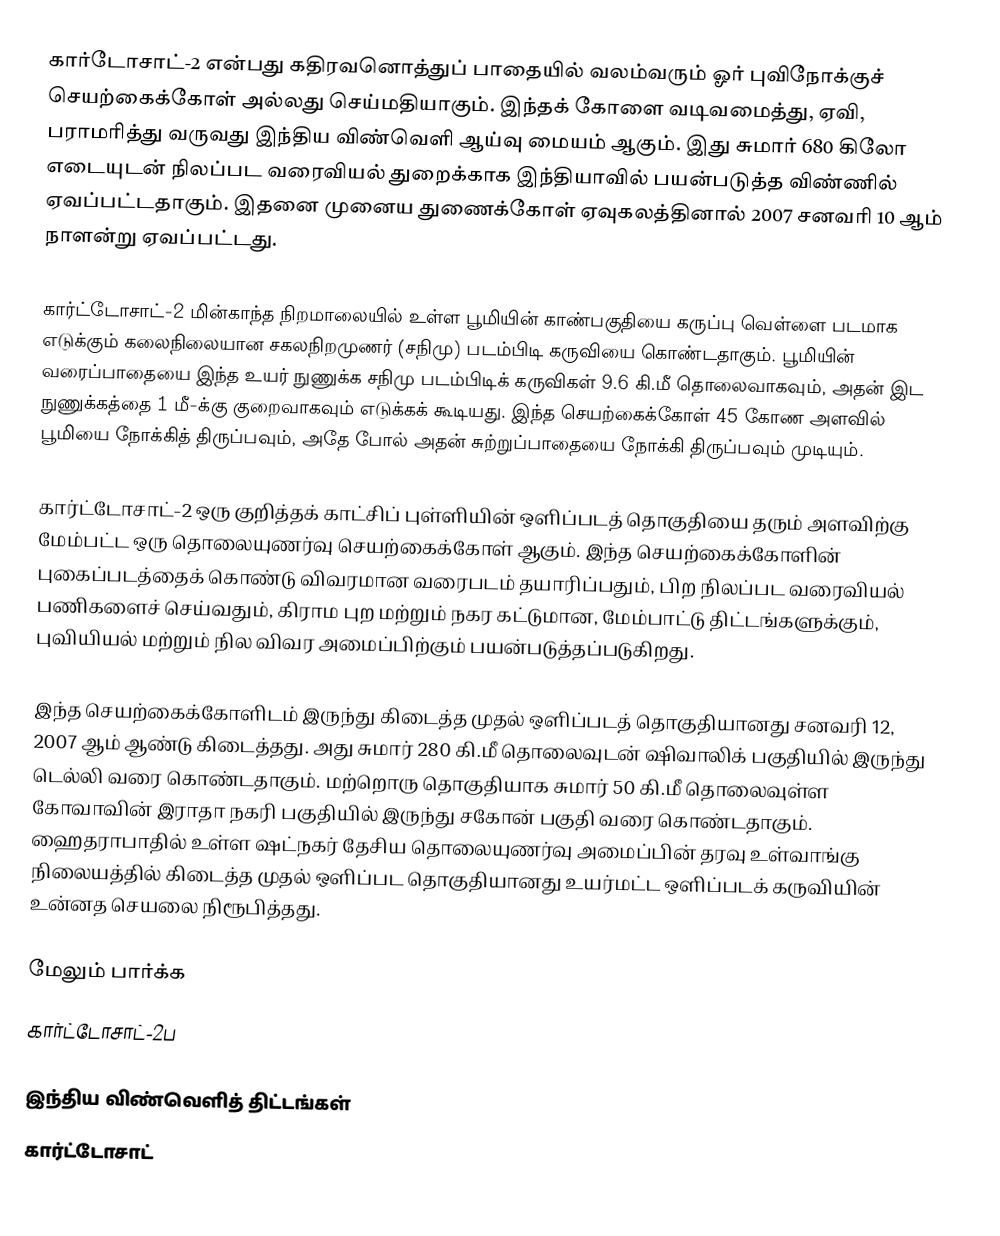
கார்டோசாட்-2 என்பது கதிரவனொத்துப் பாதையில் வலம்வரும் ஓர் புவிநோக்குச் செயற்கைக்கோள் அல்லது செய்மதியாகும். இந்தக் கோளை வடிவமைத்து, ஏவி, பராமரித்து வருவது இந்திய விண்வெளி ஆய்வு மையம் ஆகும். இது சுமார் 680 கிலோ எடையுடன் நிலப்பட வரைவியல் துறைக்காக இந்தியாவில் பயன்படுத்த விண்ணில் ஏவப்பட்டதாகும். இதனை முனைய துணைக்கோள் ஏவுகலத்தினால் 2007 சனவரி 10 ஆம் நாளன்று ஏவப்பட்டது.

கார்ட்டோசாட்-2 மின்காந்த நிறமாலையில் உள்ள பூமியின் காண்பகுதியை கருப்பு வெள்ளை படமாக எடுக்கும் கலைநிலையான சகலநிறமுணர் (சநிமு) படம்பிடி கருவியை கொண்டதாகும். பூமியின் வரைப்பாதையை இந்த உயர் நுணுக்க சநிமு படம்பிடிக் கருவிகள் 9.6 கி.மீ தொலைவாகவும், அதன் இட நுணுக்கத்தை 1 மீ-க்கு குறைவாகவும் எடுக்கக் கூடியது. இந்த செயற்கைக்கோள் 45 கோண அளவில் பூமியை நோக்கித் திருப்பவும், அதே போல் அதன் சுற்றுப்பாதையை நோக்கி திருப்பவும் முடியும்.

கார்ட்டோசாட்-2 ஒரு குறித்தக் காட்சிப் புள்ளியின் ஒளிப்படத் தொகுதியை தரும் அளவிற்கு மேம்பட்ட ஒரு தொலையுணர்வு செயற்கைக்கோள் ஆகும். இந்த செயற்கைக்கோளின் புகைப்படத்தைக் கொண்டு விவரமான வரைபடம் தயாரிப்பதும், பிற நிலப்பட வரைவியல் பணிகளைச் செய்வதும், கிராம புற மற்றும் நகர கட்டுமான, மேம்பாட்டு திட்டங்களுக்கும், புவியியல் மற்றும் நில விவர அமைப்பிற்கும் பயன்படுத்தப்படுகிறது.

இந்த செயற்கைக்கோளிடம் இருந்து கிடைத்த முதல் ஒளிப்படத் தொகுதியானது சனவரி 12, 2007 ஆம் ஆண்டு கிடைத்தது. அது சுமார் 280 கி.மீ தொலைவுடன் ஷிவாலிக் பகுதியில் இருந்து டெல்லி வரை கொண்டதாகும். மற்றொரு தொகுதியாக சுமார் 50 கி.மீ தொலைவுள்ள கோவாவின் இராதா நகரி பகுதியில் இருந்து சகோன் பகுதி வரை கொண்டதாகும். ஹைதராபாதில் உள்ள ஷட்நகர் தேசிய தொலையுணர்வு அமைப்பின் தரவு உள்வாங்கு நிலையத்தில் கிடைத்த முதல் ஒளிப்பட தொகுதியானது உயர்மட்ட ஒளிப்படக் கருவியின் உன்னத செயலை நிரூபித்தது.

மேலும் பார்க்க
கார்ட்டோசாட்-2ப

இந்திய விண்வெளித் திட்டங்கள்
கார்ட்டோசாட்